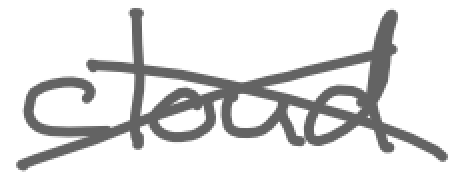
Text: cloud
Cross-out: cross
Writing tool: digital_gray